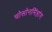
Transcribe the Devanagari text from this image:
चोसोनमिंहांग